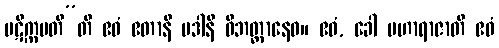
ပဋိက္ကမတီ”တိ ဧဝံ ဧတာနိ ပဒါနိ ဝိဘတ္တာနေဝ။ ဧဝံ, ခေါ မဟာရာဇာတိ ဧဝံ